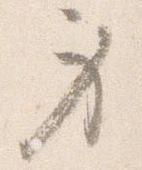
身